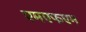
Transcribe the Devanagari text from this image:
एमएफएम